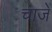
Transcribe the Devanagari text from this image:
चाजें